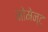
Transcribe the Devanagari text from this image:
मोमेन्ट